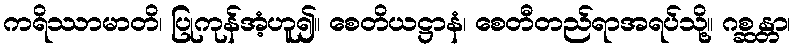
ကရိဿာမာတိ၊ ပြုကုန်အံ့ဟူ၍။ စေတိယဋ္ဌာနံ၊ စေတီတည်ရာအရပ်သို့။ ဂစ္ဆန္တာ၊